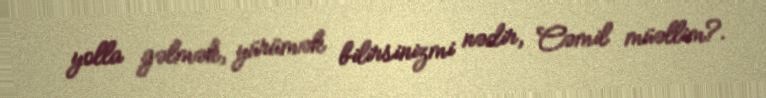
yolla gəlmək, yürümək bilirsinizmi nədir, Cəmil müəllim?.